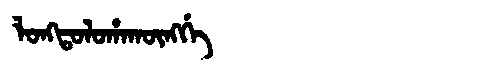
Manchu: ᠯᠣᠩᡨᠣᠯᠣᡥᠠᡴᡡᠩᡤᡝ
Romanization: LONGTOLOHAKŪNGGE